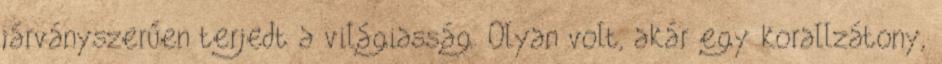
járványszerűen terjedt a világiasság. Olyan volt, akár egy korallzátony,